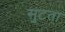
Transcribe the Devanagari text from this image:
सुटता